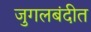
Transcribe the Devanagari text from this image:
जुगलबंदीत